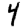
Digit: 4